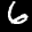
Label: 6